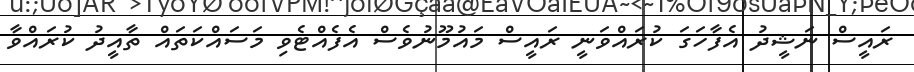
ރައީސް ނަޝީދު އެފާހަގަ ކުރައްވަނީ ރައީސް މައުމޫނުވެސް އެފެއްޓެވި މަސައްކަތައް ތާއީދު ކުރައްވާ